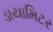
ડાયામિટર